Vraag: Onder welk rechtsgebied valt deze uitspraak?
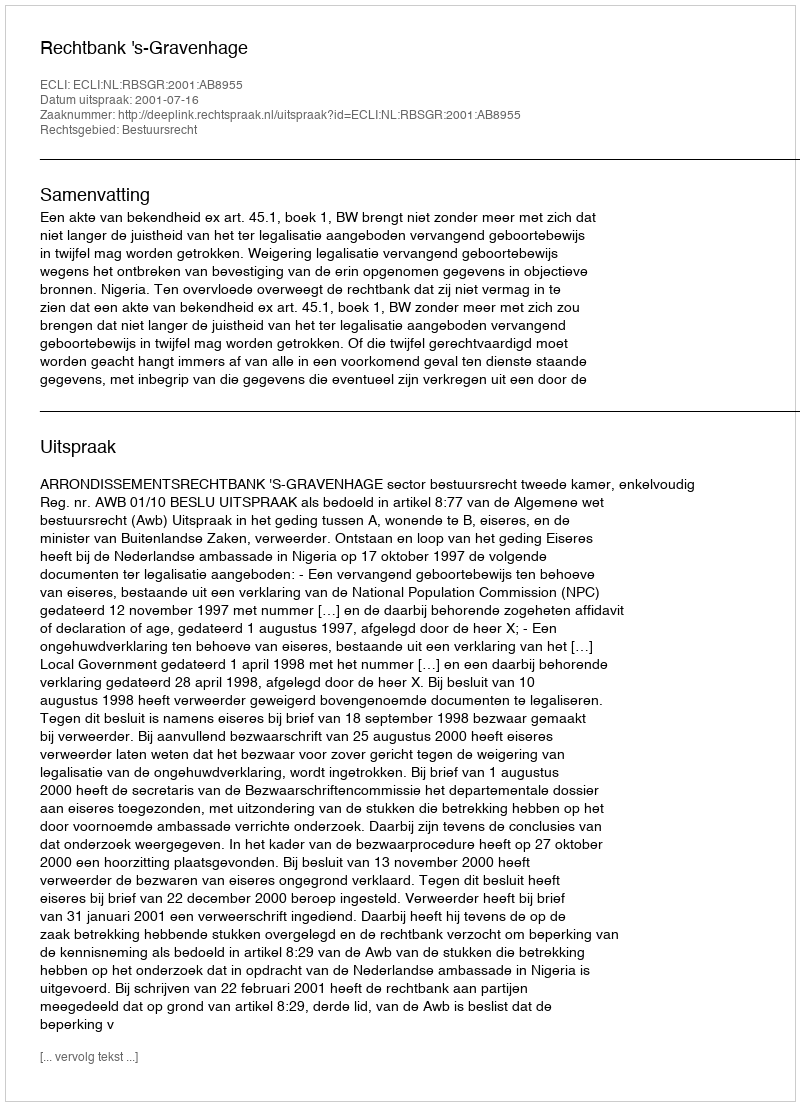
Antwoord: Bestuursrecht